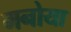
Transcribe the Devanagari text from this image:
मनोया